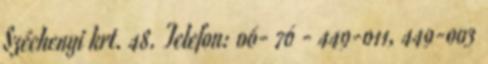
Széchenyi krt. 48. Telefon: 06- 76 - 449-011, 449-003